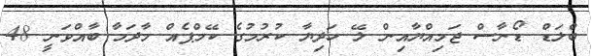
ބްލަޑް ޑޯނާސް ޖަމިއްޔާއިން ލޭ ހަދިޔާ ކުރުމުގެ ކޭމްޕެއް މާދަމާ ބާއްވަނީ 48